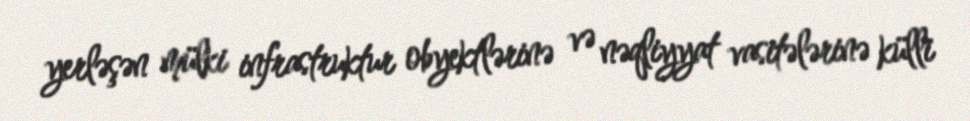
yerləşən mülki infrastruktur obyektlərinə və nəqliyyat vasitələrinə külli